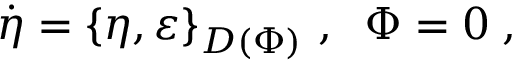
\dot { \eta } = \left\{ \eta , \varepsilon \right\} _ { D ( \Phi ) } \, , \; \; \Phi = 0 \; ,